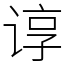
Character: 谆